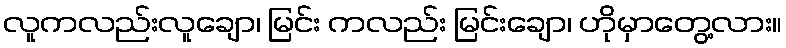
လူကလည်းလူချော၊ မြင်း ကလည်း မြင်းချော၊ ဟိုမှာတွေ့လား။